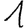
Digit: 1